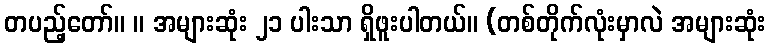
တပည့်တော်။ ။ အများဆုံး ၂၁ ပါးသာ ရှိဖူးပါတယ်။ (တစ်တိုက်လုံးမှာလဲ အများဆုံး